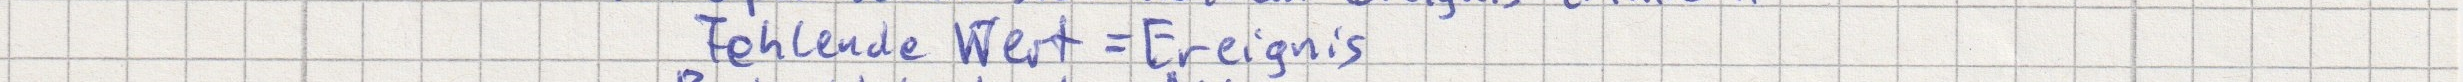
Fehlende Wert = Ereignis